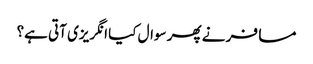
مسافر نے پھر سوال کیا انگریزی آتی ہے؟